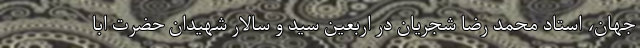
جهان، استاد محمد رضا شجریان در اربعین سید و سالار شهیدان حضرت ابا